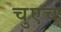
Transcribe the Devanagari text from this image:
चुएच